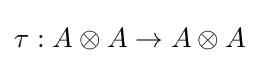
\tau :A\otimes A\to A\otimes A